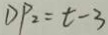
D P _ { 2 } = t - 3